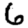
Digit: 6